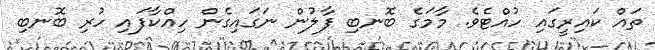
ތައް ކައިރީގައި ހުއްޓެވެ. މާމަގެ ބޮނބި ފާލުން ނަގައިގެން ހިއްކާފައި ހުރި ބޮނބި